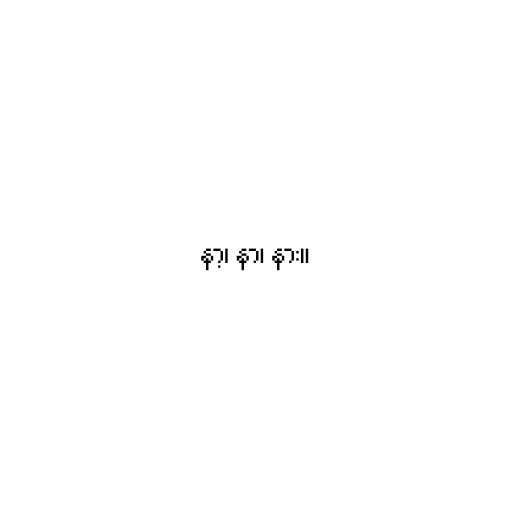
နာ့၊ နာ၊ နား။